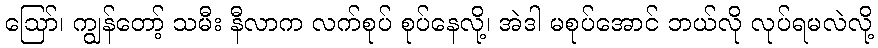
ဩော်၊ ကျွန်တော့် သမီး နီလာက လက်စုပ် စုပ်နေလို့၊ အဲဒါ မစုပ်အောင် ဘယ်လို လုပ်ရမလဲလို့